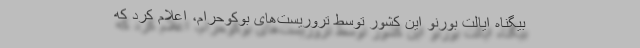
بیگناه ایالت بورنو این کشور توسط تروریست‌های بوکوحرام، اعلام کرد که